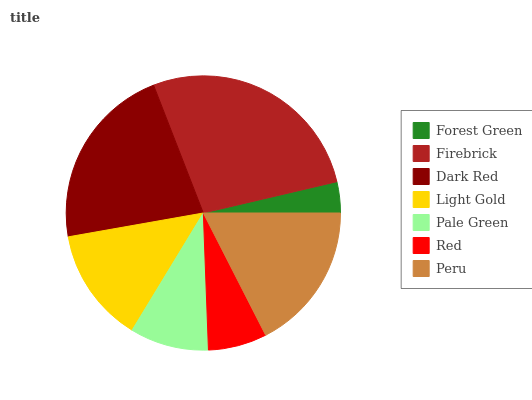
| Forest Green | Firebrick | Dark Red | Light Gold | Pale Green | Red | Peru |
 | --- | --- | --- | --- | --- | --- | --- |
 | 3.66% | 27.2% | 21.8% | 13.5% | 9.29% | 6.93% | 17.5% |